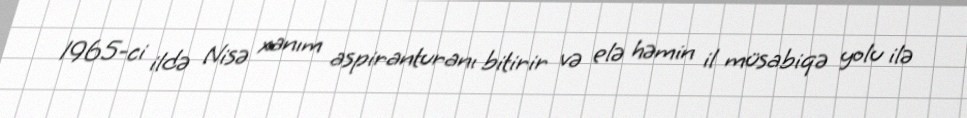
1965-ci ildə Nisə xanım aspiranturanı bitirir və elə həmin il müsabiqə yolu ilə